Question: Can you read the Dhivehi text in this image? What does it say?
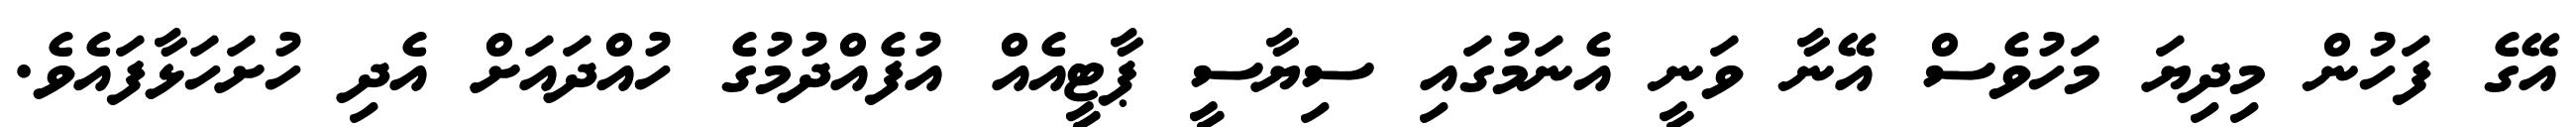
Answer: އޭގެ ފަހުން މިދިޔަ މަހުވެސް އޭނާ ވަނީ އެނަމުގައި ސިޔާސީ ޕާޓީއެއް އުފެއްދުމުގެ ހުއްދައަށް އެދި ހުށަހަޅާފައެވެ.